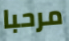
مرحبا